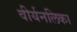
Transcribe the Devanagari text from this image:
वीर्यनलिका